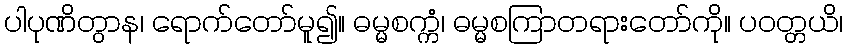
ပါပုဏိတွာန၊ ရောက်တော်မူ၍။ ဓမ္မစက္ကံ၊ ဓမ္မစကြာတရားတော်ကို။ ပဝတ္တယိ၊